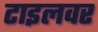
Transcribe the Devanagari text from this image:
टाइलवर